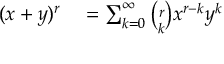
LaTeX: \begin{array} { r l } { ( x + y ) ^ { r } } & { { } = \sum _ { k = 0 } ^ { \infty } { \binom { r } { k } } x ^ { r - k } y ^ { k } } \end{array}